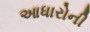
આધારોની